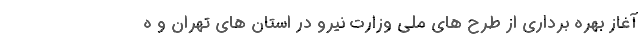
آغاز بهره برداری از طرح های ملی وزارت نیرو در استان های تهران و ه